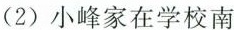
(2)小峰家在学校南学校